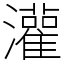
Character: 灌